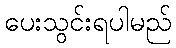
ပေးသွင်းရပါမည်